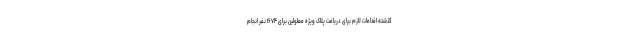
گذشته اقدامات لازم برای دریافت پلاک ویژه معلولین برای ۱۶۷۴ نفر انجام